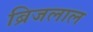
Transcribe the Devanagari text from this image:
ब्रिजलाल